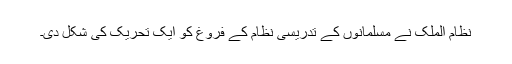
نظام الملک نے مسلمانوں کے تدریسی نظام کے فروغ کو ایک تحریک کی شکل دی۔